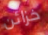
خزائن